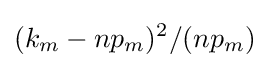
(k_{m}-np_{m})^{2}/(np_{m})